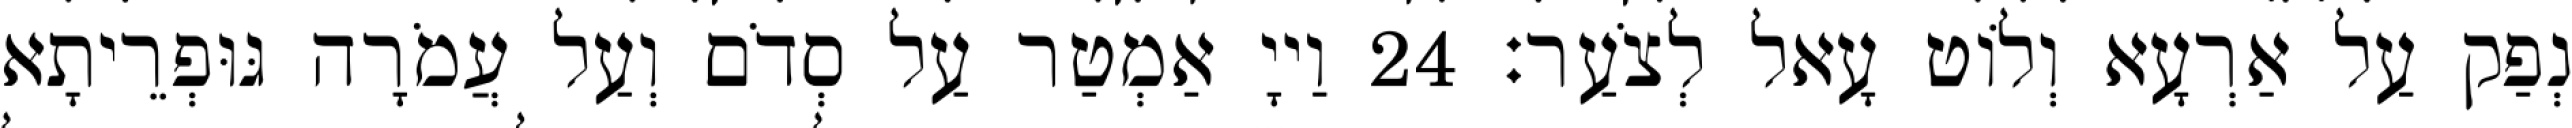
נְפַק עַל אַרְעָא וְלוֹט עָאל לְצֹעַר׃ 24 וַייָ אַמְטַר עַל סְדֹם וְעַל עֲמֹרָה גּוּפְרֵיתָא